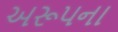
અરૂપના